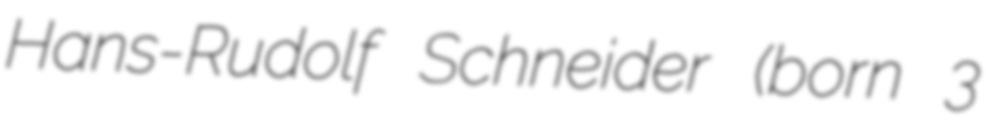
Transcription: Hans-Rudolf Schneider (born 3